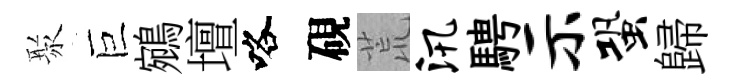
聚巨鵷壇咯硯荒汛騁示蛩歸